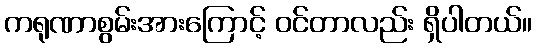
ကရုဏာစွမ်းအားကြောင့် ဝင်တာလည်း ရှိပါတယ်။